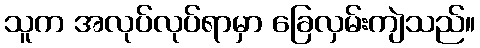
သူက အလုပ်လုပ်ရာမှာ ခြေလှမ်းကျဲသည်။